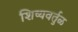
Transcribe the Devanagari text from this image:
शिष्यवर्तुळ